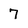
Character: 7